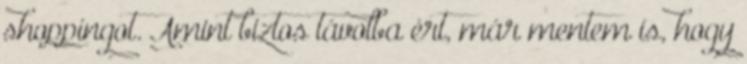
shoppingot. Amint biztos távolba ért, már mentem is, hogy